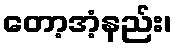
တော့အံ့နည်း၊